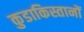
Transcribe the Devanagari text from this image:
कुडाकिस्तानों